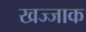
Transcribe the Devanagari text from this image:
खज्जाक